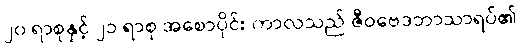
၂၀ ရာစုနှင့် ၂၁ ရာစု အစောပိုင်း ကာလသည် ဇီဝဗေဒဘာသာရပ်၏